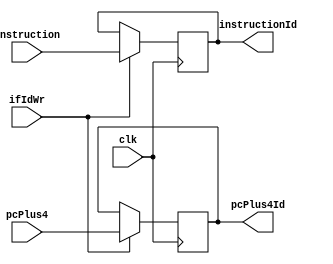

module ifIdRegister(clk, ifIdWr, pcPlus4, instruction, pcPlus4Id, instructionId);
  input clk, ifIdWr;
  input [31:0] pcPlus4, instruction;
  output[31:0] pcPlus4Id, instructionId;
  reg   [31:0] pcPlus4Id, instructionId;  
  		
		  always@(posedge clk) begin		
				if(ifIdWr == 1)
				begin	
					instructionId = instruction;
					pcPlus4Id = pcPlus4;
				end

				else
				begin
					instructionId = instructionId;
					pcPlus4Id = pcPlus4Id;
				end
			end
endmodule